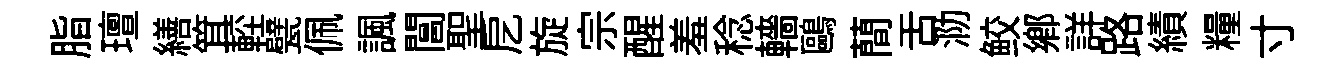
脂璮繕䇯䡖甓佩諷閶聖戹旋宗醒羞稔轖鷗蕳舌泐鲛鄕詳路績糧寸